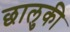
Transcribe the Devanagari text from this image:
छालुकी